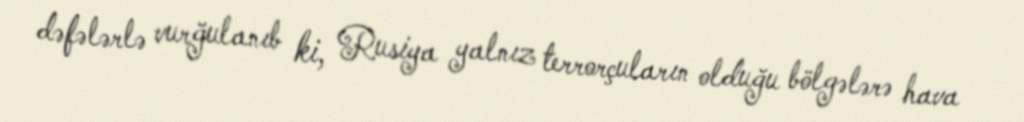
dəfələrlə vurğulanıb ki, Rusiya yalnız terrorçuların olduğu bölgələrə hava